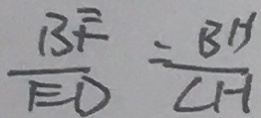
\frac { B F } { E D } = \frac { B H } { C H }